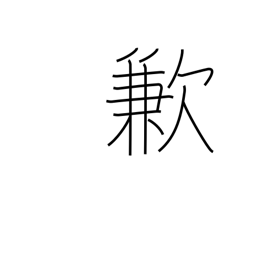
Meaning: insufficiency